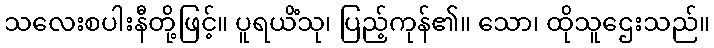
သလေးစပါးနီတို့ဖြင့်။ ပူရယိံသု၊ ပြည့်ကုန်၏။ သော၊ ထိုသူဌေးသည်။